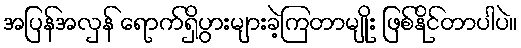
အပြန်အလှန် ရောက်ရှိပွားများခဲ့ကြတာမျိုး ဖြစ်နိုင်တာပါပဲ။